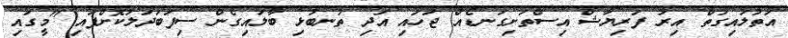
އަތުލައިގަތް އިރު ފަރިޔާޝް އިސްތަށިގަނޑެއް ޖަހައި އަދި ތުނބުޅި ބާލައިގެން ސިފަބަދަލުކޮށްފައި "މީގައި